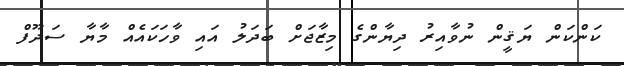
ކަންކަން ޔަޤީން ނުވާއިރު ދިޔާންގެ މިޒާޖަށް ބަދަލު އައި ވާހަކައެއް މާޔާ ސަދޫފް